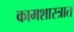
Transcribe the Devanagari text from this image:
कामशास्त्रात